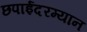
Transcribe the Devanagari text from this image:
छपाईदरम्यान